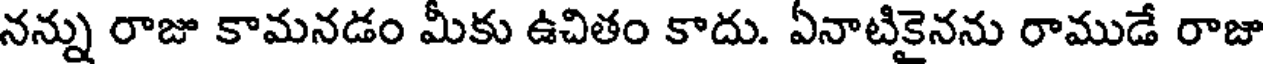
నన్ను రాజు కామనడం మీకు ఉచితం కాదు. ఏనాటికైనను రాముడే రాజా